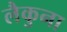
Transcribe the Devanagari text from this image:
लैकुना